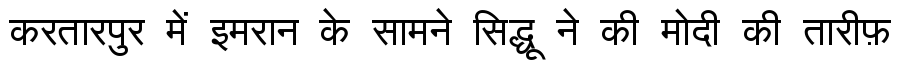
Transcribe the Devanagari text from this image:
करतारपुर में इमरान के सामने सिद्धू ने की मोदी की तारीफ़